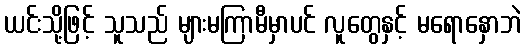
ယင်းသို့ဖြင့် သူသည် များမကြာမီမှာပင် လူတွေနှင့် မရောနှောဘဲ